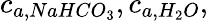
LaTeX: c_{a,NaHCO_{3}},c_{a,H_{2}O},